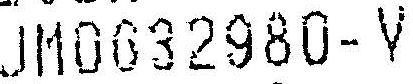
JM0032980-V